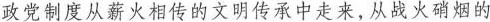
政党制度从薪火相传的文明传承中走来，从战火硝烟的